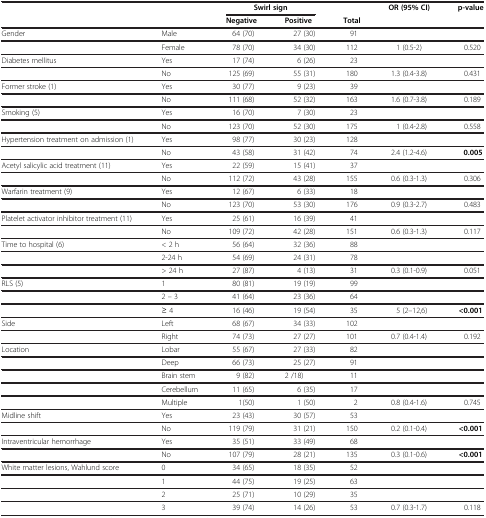
<table><thead><tr><td><b> </b></td><td><b> </b></td><td colspan="2"><b>Swirl sign</b></td><td><b> </b></td><td rowspan="2"><b>OR (95% CI)</b></td><td rowspan="2"><b>p-value</b></td></tr><tr><td><b> </b></td><td><b> </b></td><td><b>Negative</b></td><td><b>Positive</b></td><td><b>Total</b></td></tr></thead><tbody><tr><td>Gender</td><td>Male</td><td>64 (70)</td><td>27 (30)</td><td>91</td><td> </td><td> </td></tr><tr><td> </td><td>Female</td><td>78 (70)</td><td>34 (30)</td><td>112</td><td>1 (0.5-2)</td><td>0.520</td></tr><tr><td>Diabetes mellitus</td><td>Yes</td><td>17 (74)</td><td>6 (26)</td><td>23</td><td> </td><td> </td></tr><tr><td> </td><td>No</td><td>125 (69)</td><td>55 (31)</td><td>180</td><td>1.3 (0.4-3.8)</td><td>0.431</td></tr><tr><td>Former stroke (1)</td><td>Yes</td><td>30 (77)</td><td>9 (23)</td><td>39</td><td> </td><td> </td></tr><tr><td> </td><td>No</td><td>111 (68)</td><td>52 (32)</td><td>163</td><td>1.6 (0.7-3.8)</td><td>0.189</td></tr><tr><td>Smoking (5)</td><td>Yes</td><td>16 (70)</td><td>7 (30)</td><td>23</td><td> </td><td> </td></tr><tr><td> </td><td>No</td><td>123 (70)</td><td>52 (30)</td><td>175</td><td>1 (0.4-2.8)</td><td>0.558</td></tr><tr><td>Hypertension treatment on admission (1)</td><td>Yes</td><td>98 (77)</td><td>30 (23)</td><td>128</td><td> </td><td> </td></tr><tr><td> </td><td>No</td><td>43 (58)</td><td>31 (42)</td><td>74</td><td>2.4 (1.2-4.6)</td><td><b>0.005</b></td></tr><tr><td>Acetyl salicylic acid treatment (11)</td><td>Yes</td><td>22 (59)</td><td>15 (41)</td><td>37</td><td> </td><td> </td></tr><tr><td> </td><td>No</td><td>112 (72)</td><td>43 (28)</td><td>155</td><td>0.6 (0.3-1.3)</td><td>0.306</td></tr><tr><td>Warfarin treatment (9)</td><td>Yes</td><td>12 (67)</td><td>6 (33)</td><td>18</td><td> </td><td> </td></tr><tr><td> </td><td>No</td><td>123 (70)</td><td>53 (30)</td><td>176</td><td>0.9 (0.3-2.7)</td><td>0.483</td></tr><tr><td>Platelet activator inhibitor treatment (11)</td><td>Yes</td><td>25 (61)</td><td>16 (39)</td><td>41</td><td> </td><td> </td></tr><tr><td> </td><td>No</td><td>109 (72)</td><td>42 (28)</td><td>151</td><td>0.6 (0.3-1.3)</td><td>0.117</td></tr><tr><td>Time to hospital (6)</td><td>&lt; 2 h</td><td>56 (64)</td><td>32 (36)</td><td>88</td><td> </td><td> </td></tr><tr><td> </td><td>2-24 h</td><td>54 (69)</td><td>24 (31)</td><td>78</td><td> </td><td> </td></tr><tr><td> </td><td>&gt; 24 h</td><td>27 (87)</td><td>4 (13)</td><td>31</td><td>0.3 (0.1-0.9)</td><td>0.051</td></tr><tr><td>RLS (5)</td><td>1</td><td>80 (81)</td><td>19 (19)</td><td>99</td><td> </td><td> </td></tr><tr><td> </td><td>2 – 3</td><td>41 (64)</td><td>23 (36)</td><td>64</td><td> </td><td> </td></tr><tr><td> </td><td>≥ 4</td><td>16 (46)</td><td>19 (54)</td><td>35</td><td>5 (2–12,6)</td><td><b>&lt;0.001</b></td></tr><tr><td>Side</td><td>Left</td><td>68 (67)</td><td>34 (33)</td><td>102</td><td> </td><td> </td></tr><tr><td> </td><td>Right</td><td>74 (73)</td><td>27 (27)</td><td>101</td><td>0.7 (0.4-1.4)</td><td>0.192</td></tr><tr><td>Location</td><td>Lobar</td><td>55 (67)</td><td>27 (33)</td><td>82</td><td> </td><td> </td></tr><tr><td> </td><td>Deep</td><td>66 (73)</td><td>25 (27)</td><td>91</td><td> </td><td> </td></tr><tr><td> </td><td>Brain stem</td><td>9 (82)</td><td>2 /18)</td><td>11</td><td> </td><td> </td></tr><tr><td> </td><td>Cerebellum</td><td>11 (65)</td><td>6 (35)</td><td>17</td><td> </td><td> </td></tr><tr><td> </td><td>Multiple</td><td>1(50)</td><td>1 (50)</td><td>2</td><td>0.8 (0.4-1.6)</td><td>0.745</td></tr><tr><td>Midline shift</td><td>Yes</td><td>23 (43)</td><td>30 (57)</td><td>53</td><td> </td><td> </td></tr><tr><td> </td><td>No</td><td>119 (79)</td><td>31 (21)</td><td>150</td><td>0.2 (0.1-0.4)</td><td><b>&lt;0.001</b></td></tr><tr><td>Intraventricular hemorrhage</td><td>Yes</td><td>35 (51)</td><td>33 (49)</td><td>68</td><td> </td><td> </td></tr><tr><td> </td><td>No</td><td>107 (79)</td><td>28 (21)</td><td>135</td><td>0.3 (0.1-0.6)</td><td><b>&lt;0.001</b></td></tr><tr><td>White matter lesions, Wahlund score</td><td>0</td><td>34 (65)</td><td>18 (35)</td><td>52</td><td> </td><td> </td></tr><tr><td> </td><td>1</td><td>44 (75)</td><td>19 (25)</td><td>63</td><td> </td><td> </td></tr><tr><td> </td><td>2</td><td>25 (71)</td><td>10 (29)</td><td>35</td><td> </td><td> </td></tr><tr><td> </td><td>3</td><td>39 (74)</td><td>14 (26)</td><td>53</td><td>0.7 (0.3-1.7)</td><td>0.118</td></tr></tbody></table>